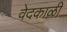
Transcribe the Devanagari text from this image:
वेदकाळी